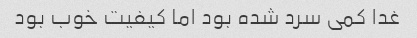
غدا کمی سرد شده بود اما کیفیت خوب بود